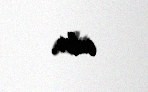
edir.